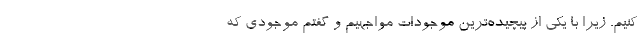
کنیم. زیرا با یکی از پیچیده‌ترین موجودات مواجهیم و گفتم موجودی که